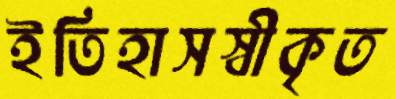
ইতিহাসস্বীকৃত